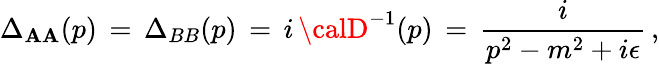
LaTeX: \Delta_{\mathbf{A}\mathbf{A}}(p)\, =\, \Delta_{BB}(p)\, =\, i\, {\calD}^{-1}(p)\, =\, \frac{{i}}{{p^{2}-m^{2}+i\epsilon}}\, ,